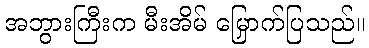
အဘွားကြီးက မီးအိမ် မြှောက်ပြသည်။